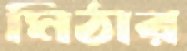
মিঠার